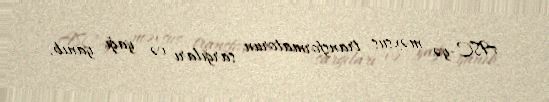
ASC-yə məxsus transformatorun sarğıları və yağı yanıb.